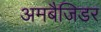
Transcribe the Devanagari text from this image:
अमबैजिडर